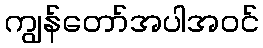
ကျွန်တော်အပါအဝင်